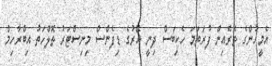
އެމީހުންގެ ތެރެއިން ފުރަތަމަ ހެކިބަސް ދިނީ އޭރުގެ ޑިފެންސް މިނިސްޓަރު ތޮލްހަތު އިބްރާހިމް